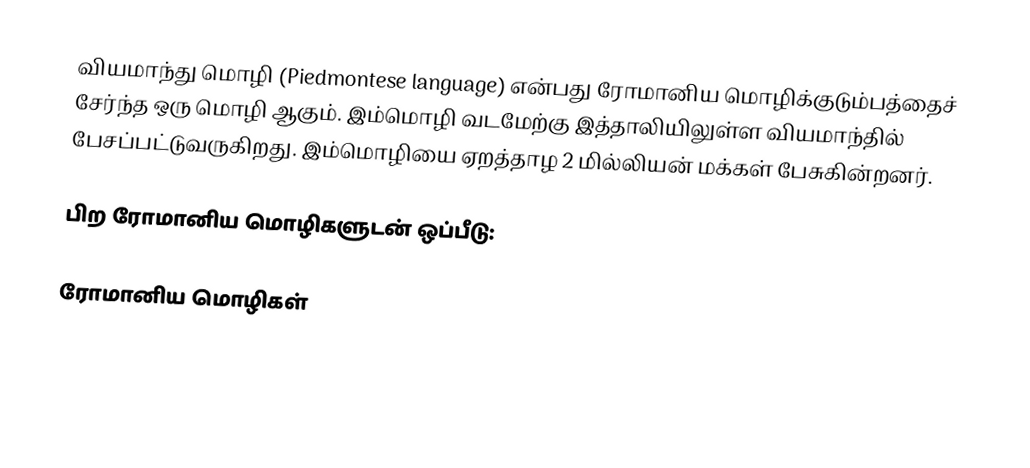
வியமாந்து மொழி (Piedmontese language) என்பது ரோமானிய மொழிக்குடும்பத்தைச் சேர்ந்த ஒரு மொழி ஆகும். இம்மொழி வடமேற்கு இத்தாலியிலுள்ள வியமாந்தில் பேசப்பட்டுவருகிறது. இம்மொழியை ஏறத்தாழ 2 மில்லியன் மக்கள் பேசுகின்றனர்.

பிற ரோமானிய மொழிகளுடன் ஒப்பீடு:

ரோமானிய மொழிகள்